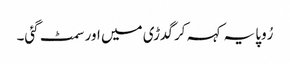
رُوپا یہ کہہ کر گدڑی میں اور سمٹ گئی۔